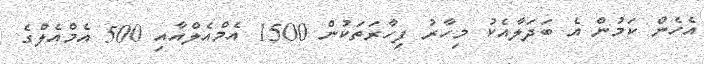
އެހެން ކަމުން އެ ބަދަލާއެކު މިހާރު ފިހާރަތަކުން 1500 އެމްއެލްއާއި 500 އެމްއެލްގެ